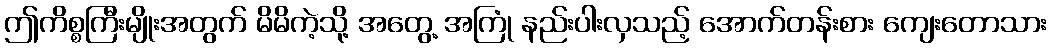
ဤကိစ္စကြီးမျိုးအတွက် မိမိကဲ့သို့ အတွေ့ အကြုံ နည်းပါးလှသည့် အောက်တန်းစား ကျေးတောသား